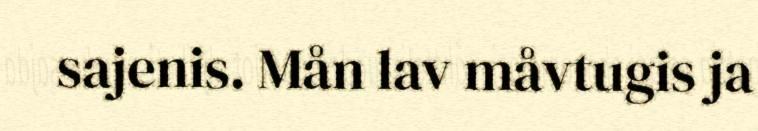
sajenis. Mån lav måvtugis ja